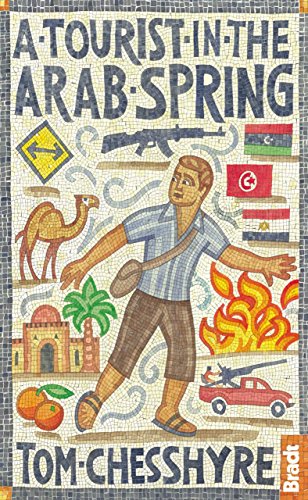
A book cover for A Tourist in the Arab Spring (Bradt Travel Guides (Travel Literature)); Tom Chesshyre; Travel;